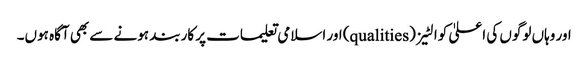
اور وہاں لوگوں کی اعلیٰ کوالٹیز (qualities) اور اسلامی تعلیمات پر کاربند ہونے سے بھی آگاہ ہوں۔